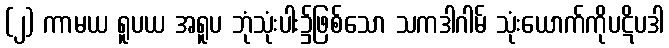
(၂) ကာမယ ရူပယ အရူပ ဘုံသုံးပါး၌ဖြစ်သော သကဒါဂါမ် သုံးယောက်ကိုပဋိပဒါ